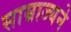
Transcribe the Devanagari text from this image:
साम्राज्यने